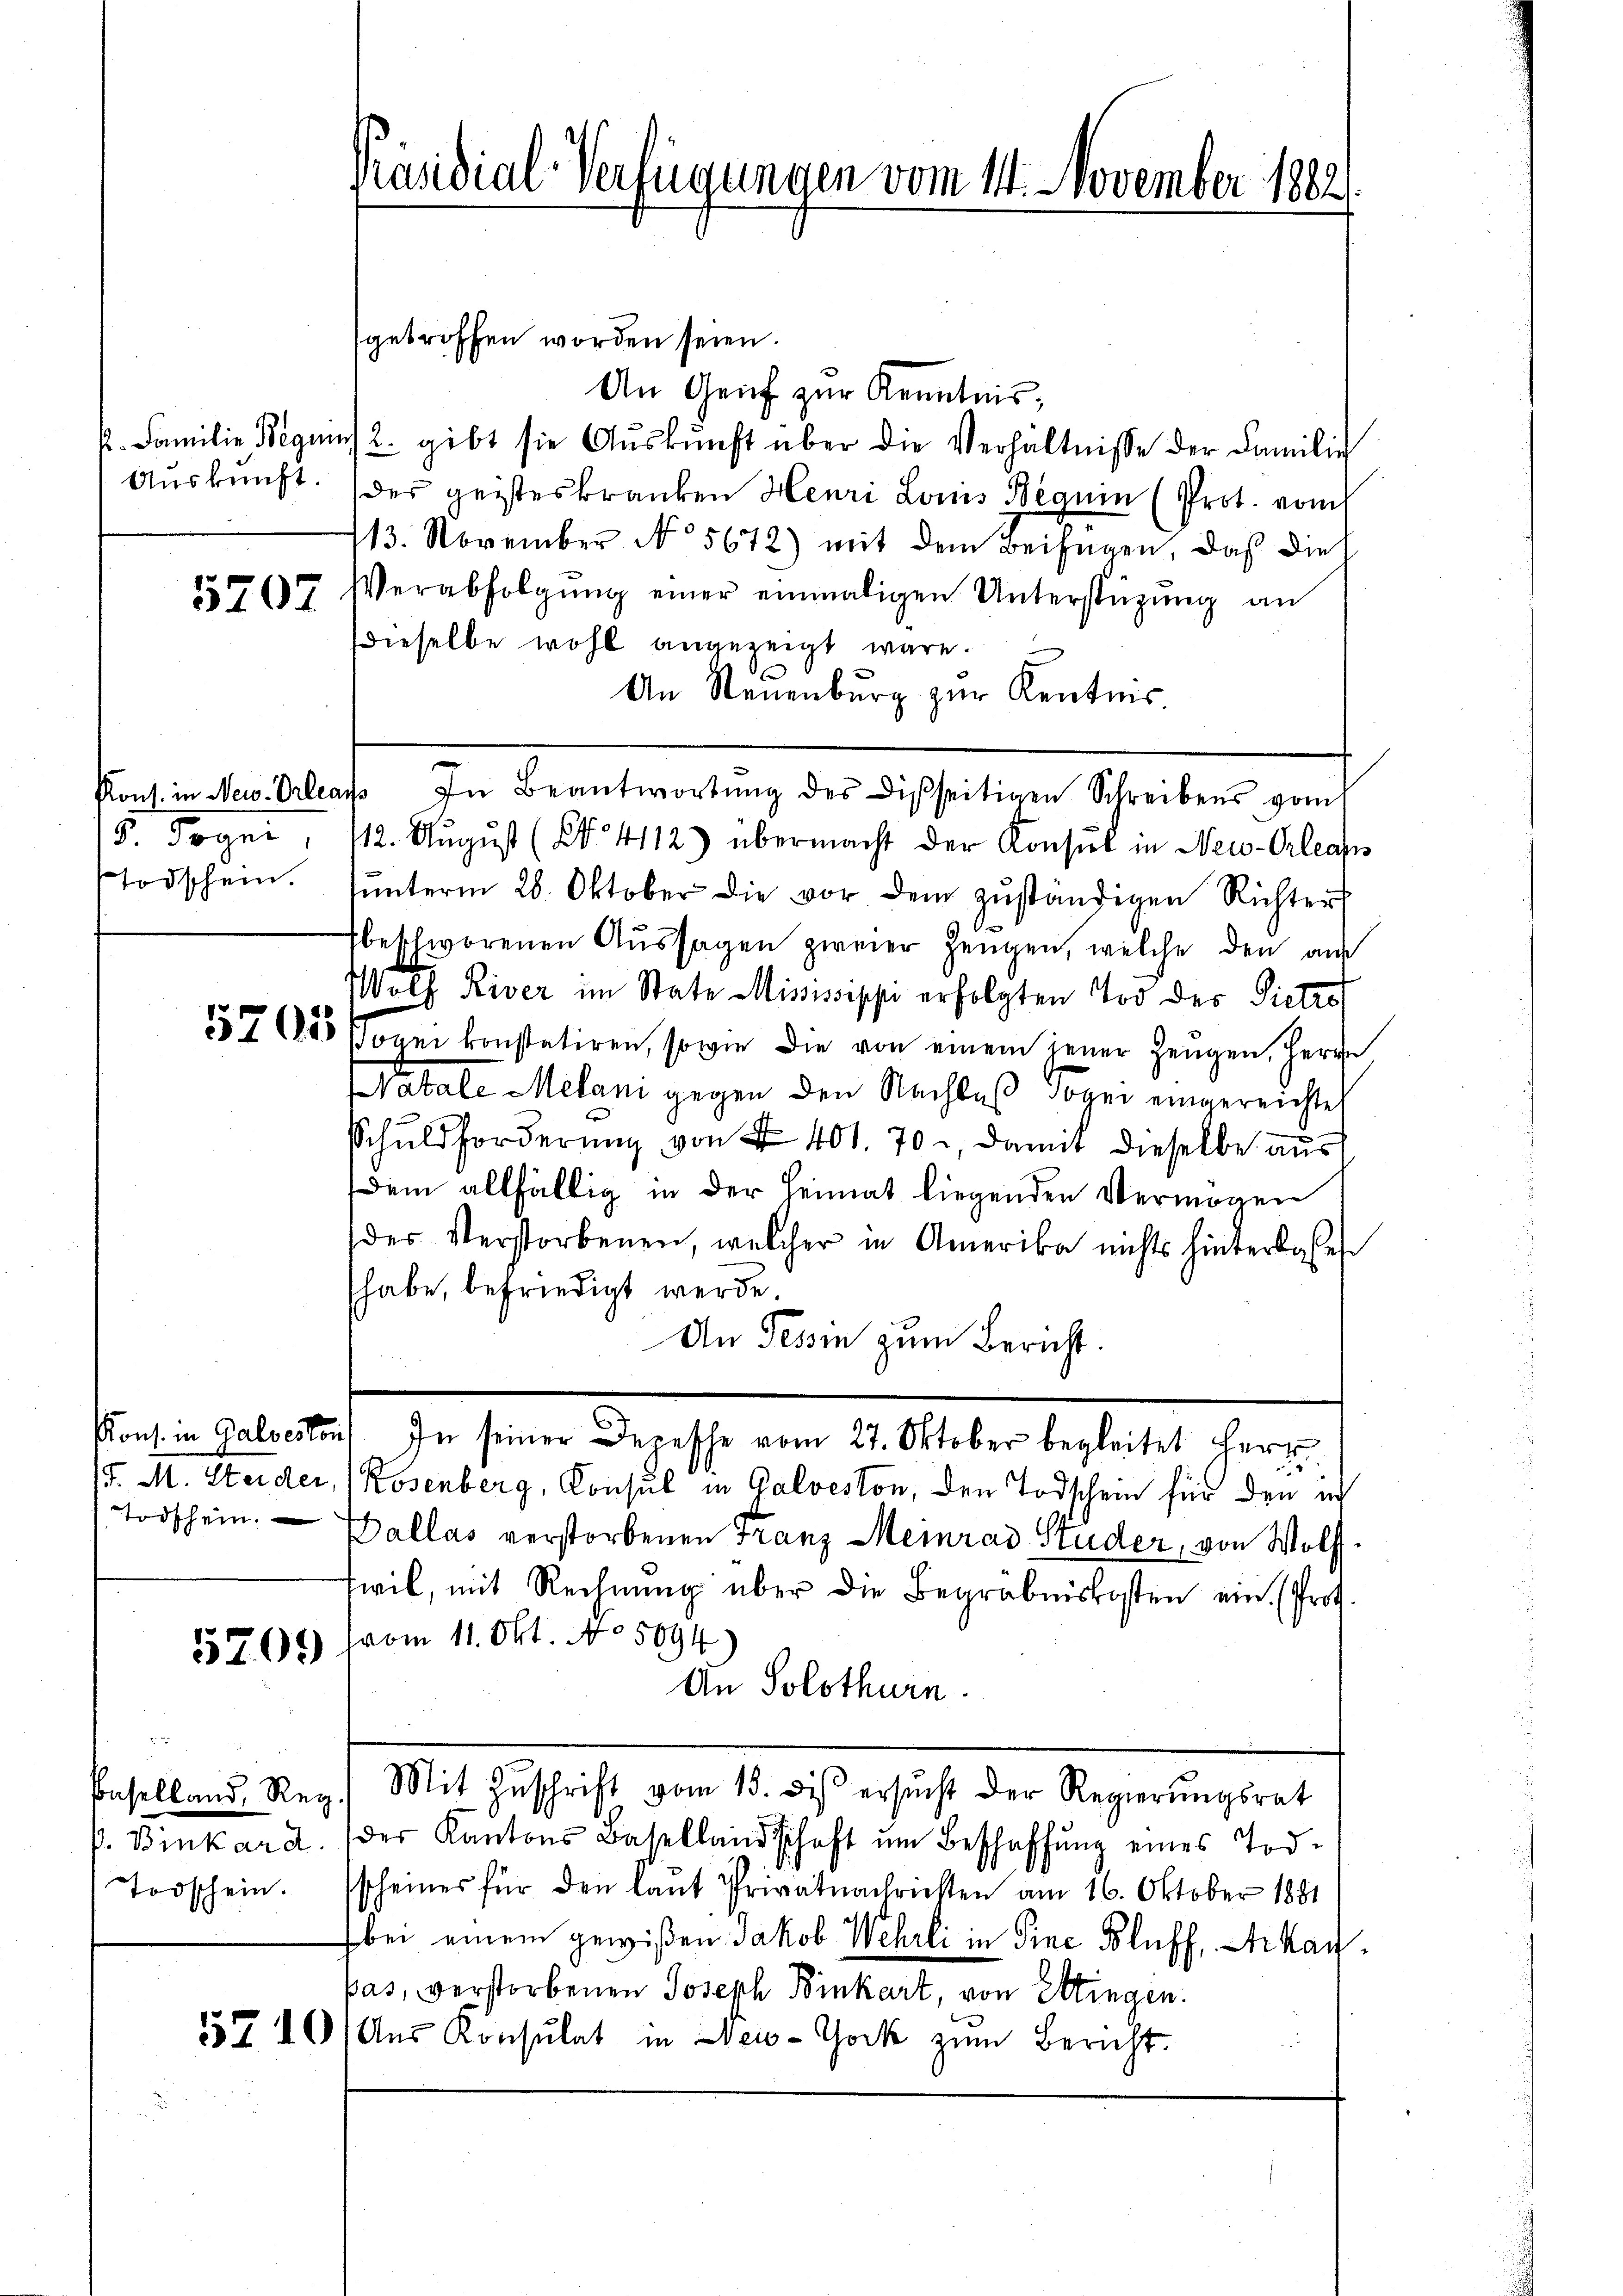
Auskunft.

5707

15. Sogen.
Todschein.

Todschein.

5209

Todschein.

Präsidial-Verfügungen vom 14. November 1882

getroffen worden seien.
An Genf zur Kenntnis,
p. Familie Begens 2. gibt sie Aŭskŭnft über die Verhältnisse der Familie
des geisteskranken Henri Louis Beguin (Prot. vom
113. November No 5672) mit dem Beifügen, daß dies
Verabfolgŭng einer einmaligen Unterstützung an
dieselbe wohl angezeigt wäre.
An Steuenburg zur Kentnis.
Kons. in New-Orleans, In Beantwortŭng des Disseitigen Schreibens vom
112. Aŭgŭst (N. 4112) übermacht der Konsul in New-Orleans
ŭnterm 28. Oktober die vor dem zŭständigen Richters
beschworenen Aŭssagen zweier Zeugen, welche den aus
Wotz River im State Mississippe erfolgten Tod der Pietro
557 1885 Copei konstatiren, sowie die von einem jener Zeugen, Herze
Watale Melani gegen den Nachlaß sogen eingereichte
Schuldforderŭng von § 401. 70, damit dieselbe aus
Dem allfällig in der Heimat liegenden Vermögen
der Verstorbenen, welcher in Amerika nichts hinterloses
habe, befriedigt werde.
An Tessin zum Bericht.
Kons. in Galvestor) In seiner Depesche vom 27. Oktober begleitet herz
F. M. Steider, (Rosenberg, Consul in Galveston, den Todschein für den ich
Dallas verstorbenen Franz Meinrad Studer, von Wolf
swil, mit Rechnung über die Begräbniskosten ein (Prot.
vom 11. Okt. No. 5094
An Solothurn.
Baselland, Reg. Mit Zŭschrift vom 13. diβ ersŭcht der Regierungsrat
P. Binkar a. (der Kantons Basellandschaft ŭm Beschaffŭng eines Todscheiner für den laŭt Privatnachrichten am 16. Oktober 1881
bei einem gewißen Jakob Wehrli in Sine Bluff, Arkaupas, verstorbenen Joseph Binkart, von Ettingen.
57 10 (Aus Konsulat in New-York zum Bericht.